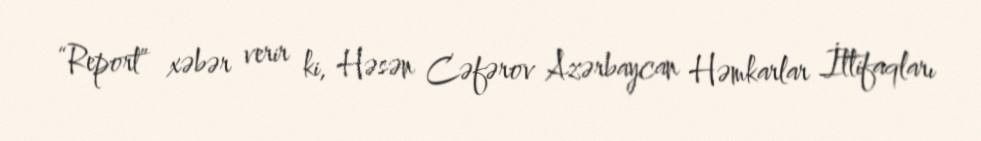
“Report” xəbər verir ki, Həsən Cəfərov Azərbaycan Həmkarlar İttifaqları